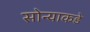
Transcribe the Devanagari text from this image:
सोन्याकडे